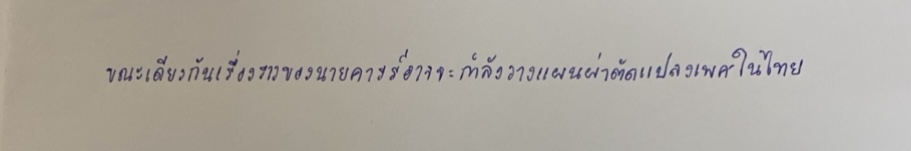
ขณะเดียวกันเรื่องราวของนายคารร์อาจจะกำลังวางแผนผ่าตัดแปลงเพศในไทย